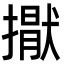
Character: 㩎